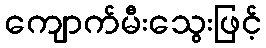
ကျောက်မီးသွေးဖြင့်